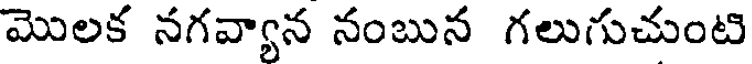
మొలక నగవ్యాన నంబున గలుగుచుంటి